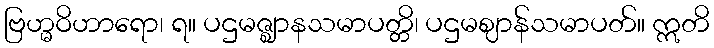
ဗြဟ္မဝိဟာရော၊ ရ။ ပဌမဇ္ဈာနသမာပတ္တိ၊ ပဌမဈာန်သမာပတ်။ ဣတိ